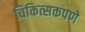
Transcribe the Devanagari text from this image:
चिकित्सकपणे